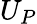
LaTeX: U_{P}